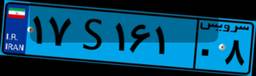
۵۴S۲۸۵۵۳